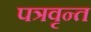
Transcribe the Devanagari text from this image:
पत्रवृन्त